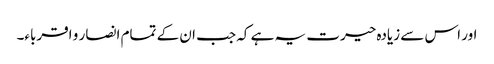
اور اس سے زیادہ حیرت یہ ہے کہ جب ان کے تمام انصار و اقرباء۔